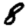
Digit: 8